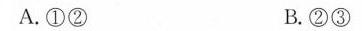
A.①② B.②③